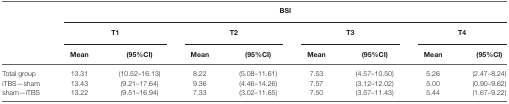
|  | <COLSPAN=8> BSI |
 |  | <COLSPAN=2> T1 | <COLSPAN=2> T2 | <COLSPAN=2> T3 | <COLSPAN=2> T4 |
 |  | Mean | (95%CI) | Mean | (95%CI) | Mean | (95%CI) | Mean | (95%CI) |
 | --- | --- | --- | --- | --- | --- | --- | --- | --- |
 | Total group | 13.31 | (10.52–16.13) | 8.22 | (5.08–11.61) | 7.53 | (4.57–10.50) | 5.26 | (2.47–8.24) |
 | iTBS—sham | 13.43 | (9.21–17.64) | 9.36 | (4.46–14.26) | 7.57 | (3.12–12.02) | 5.00 | (0.90–9.62) |
 | sham—iTBS | 13.22 | (9.51–16.94) | 7.33 | (3.02–11.65) | 7.50 | (3.57–11.43) | 5.44 | (1.67–9.22) |